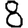
Digit: 8